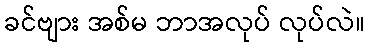
ခင်ဗျား အစ်မ ဘာအလုပ် လုပ်လဲ။